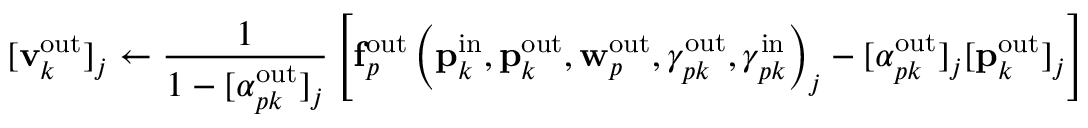
[ \mathbf { v } _ { k } ^ { \mathrm { o u t } } ] _ { j } \gets \frac { 1 } { 1 - [ \alpha _ { p k } ^ { \mathrm { o u t } } ] _ { j } } \left[ \mathbf { f } _ { p } ^ { \mathrm { o u t } } \left( \mathbf { p } _ { k } ^ { \mathrm { i n } } , \mathbf { p } _ { k } ^ { \mathrm { o u t } } , \mathbf { w } _ { p } ^ { \mathrm { o u t } } , \gamma _ { p k } ^ { \mathrm { o u t } } , \gamma _ { p k } ^ { \mathrm { i n } } \right) _ { j } - [ \alpha _ { p k } ^ { \mathrm { o u t } } ] _ { j } [ \mathbf { p } _ { k } ^ { \mathrm { o u t } } ] _ { j } \right]